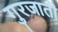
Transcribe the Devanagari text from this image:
गुरजाती